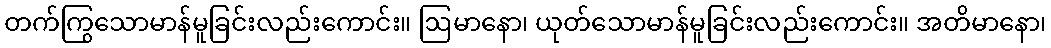
တက်ကြွသောမာန်မူခြင်းလည်းကောင်း။ ဩမာနော၊ ယုတ်သောမာန်မူခြင်းလည်းကောင်း။ အတိမာနော၊